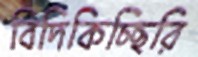
বিদিকিচ্ছিরি